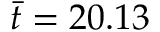
\bar { t } = 2 0 . 1 3